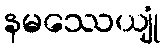
နမဿေယျုံ